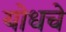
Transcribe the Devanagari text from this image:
योधचे